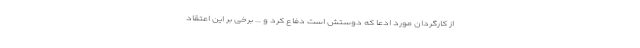
از کارگردان مورد ادعا که دوستش است دفاع کرد و ... برخی بر این اعتقاد